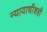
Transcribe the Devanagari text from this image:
न्यायाधीशही